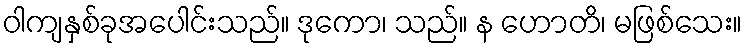
ဝါကျနှစ်ခုအပေါင်းသည်။ ဒုကော၊ သည်။ န ဟောတိ၊ မဖြစ်သေး။